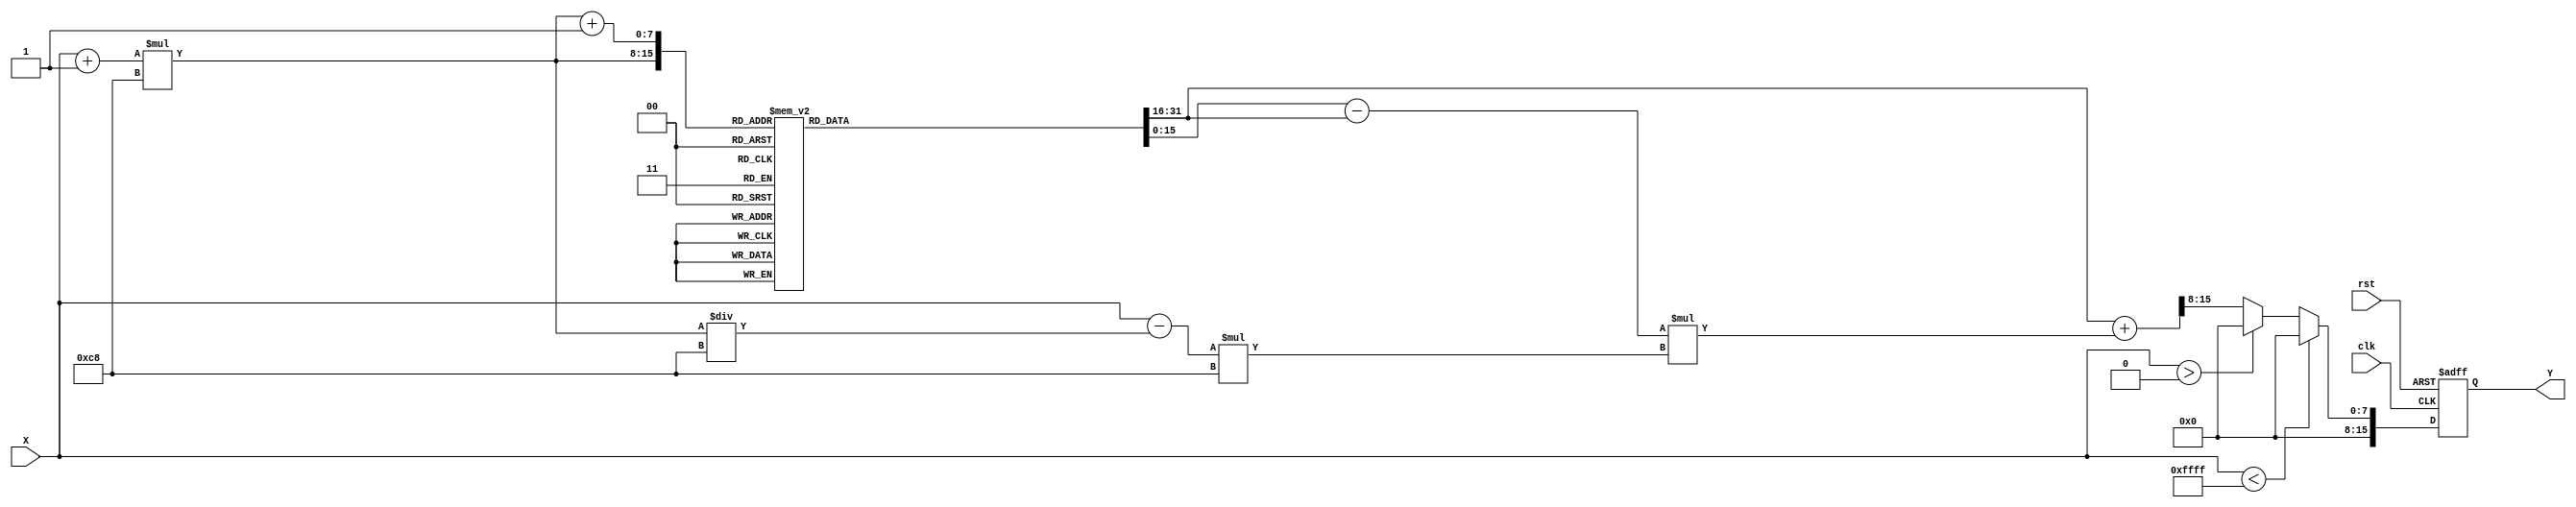
module arc_sine (
    input wire [15:0] X,        // Input value (fixed-point representation)
    output reg [15:0] Y,        // Output value (Arc Sine in radians)
    input wire clk,             // Clock signal
    input wire rst              // Reset signal
);

    // Define LUT size and resolution
    localparam LUT_SIZE = 201;  // LUT for values from -1 to 1 with 0.01 intervals
    localparam LUT_WIDTH = 16;   // Width of LUT values in bits

    // LUT for asin values (precomputed)
    reg [LUT_WIDTH-1:0] lut [0:LUT_SIZE-1];

    // Initialize the LUT with precomputed asin values
    initial begin
        // Fill LUT with precomputed values (example values)
        // In a real application, you would fill this with actual asin values
        // For example, lut[0] = 16'b1111111111111111; // asin(-1)
        // lut[1] = 16'b1111111111111110; // asin(-0.99)
        // ...
        // lut[200] = 16'b0000000000000000; // asin(0)
        // lut[201] = 16'b0000000000000001; // asin(0.01)
        // ...
        // lut[400] = 16'b0000000000000001; // asin(1)
        // Ensure LUT is populated with correct values
    end

    // Internal signals for interpolation
    reg [7:0] index;             // Index for LUT
    reg [15:0] lut_a, lut_b;     // LUT values for interpolation
    reg [15:0] delta;            // Difference between LUT values
    reg [15:0] fraction;         // Fractional part for interpolation

    always @(posedge clk or posedge rst) begin
        if (rst) begin
            Y <= 16'b0;           // Reset output
        end else begin
            // Scale input X from fixed-point [-1, 1] to [0, 200]
            // Assuming X is in Q1.15 format (1 sign bit, 15 fractional bits)
            if (X < 16'b1111111111111111) begin // X < -1
                Y <= 16'b0;       // Out of range
            end else if (X > 16'b0000000000000000) begin // X > 1
                Y <= 16'b0;       // Out of range
            end else begin
                // Calculate index for LUT
                index = (X + 16'b0000000000000001) * 200; // Scale to 0-200
                lut_a = lut[index]; // LUT value for lower bound
                lut_b = lut[index + 1]; // LUT value for upper bound

                // Calculate the fractional part
                fraction = (X - (index / 200)) * 200; // Fraction for interpolation

                // Linear interpolation
                delta = lut_b - lut_a;
                Y = lut_a + (delta * fraction) >> 8; // Right shift for scaling down
            end
        end
    end

endmodule